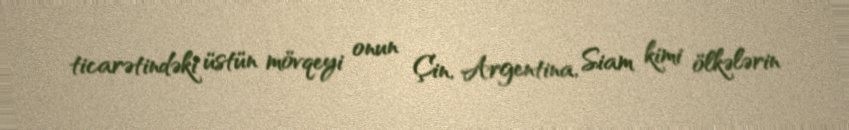
ticarətindəki üstün mövqeyi onun Çin, Argentina, Siam kimi ölkələrin